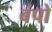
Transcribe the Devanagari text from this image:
बंपो